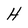
Character: H